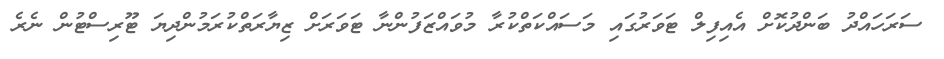
ސަރަހައްދު ބަންދުކޮށް އެއިފިލް ޓަވަރުގައި މަސައްކަތްކުރާ މުވައްޒަފުންނާ ޓަވަރަށް ޒިޔާރަތްކުރަމުންދިޔަ ޓޫރިސްޓުން ނެރެ